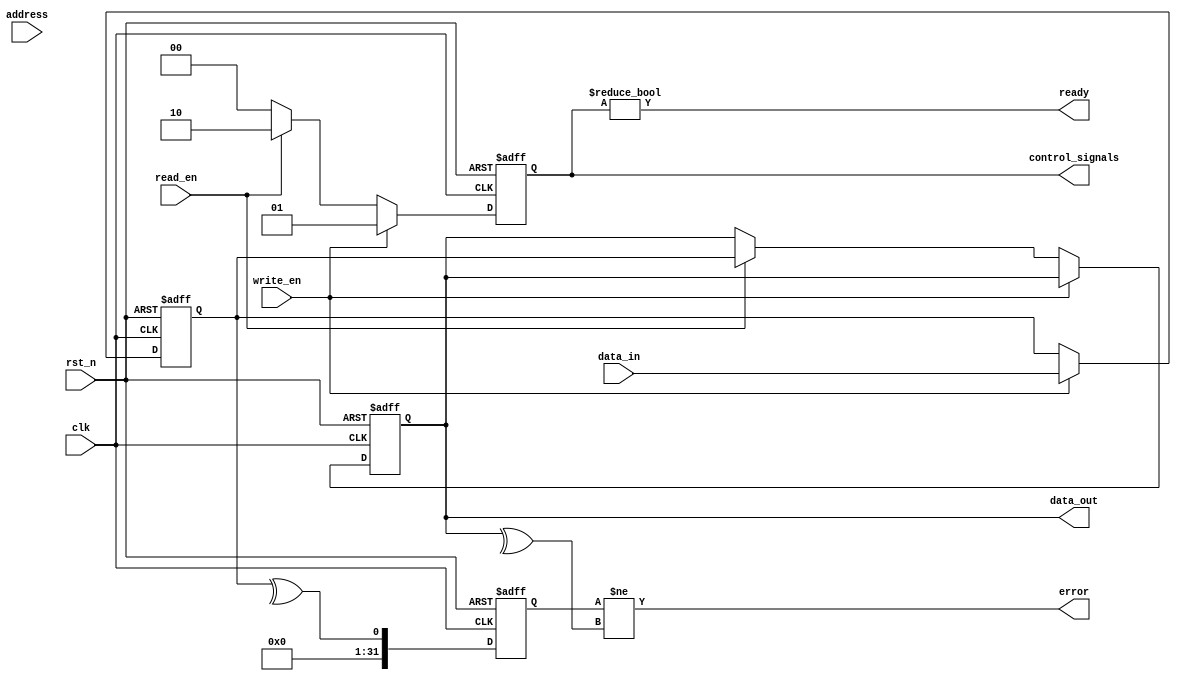
module IO_Block_3D_DRAM (
    input wire clk,
    input wire rst_n,
    input wire [31:0] data_in,
    output wire [31:0] data_out,
    input wire [15:0] address,
    input wire read_en,
    input wire write_en,
    output wire ready,
    output wire error,
    output wire [1:0] control_signals // {READ, WRITE, REFRESH}
);

// Data I/O Buffers
reg [31:0] data_buffer;
reg [31:0] data_out_reg;

// Control Signal Interfaces
reg [1:0] control_signal_reg;

// Address Decoders
wire [3:0] bank;
wire [3:0] row;
wire [7:0] column;

assign bank = address[15:12]; // Example bank selection
assign row = address[11:8];    // Example row selection
assign column = address[7:0];  // Example column selection

// Power Management (simplified)
reg power_enable;

// Clock Distribution (simplified)
always @(posedge clk or negedge rst_n) begin
    if (!rst_n) begin
        power_enable <= 1'b0;
    end else begin
        power_enable <= 1'b1; // Power on
    end
end

// Data Path Control Logic
always @(posedge clk or negedge rst_n) begin
    if (!rst_n) begin
        data_out_reg <= 32'b0;
        data_buffer <= 32'b0;
        control_signal_reg <= 2'b00;
    end else begin
        if (write_en) begin
            data_buffer <= data_in; // Write data to buffer
            control_signal_reg <= 2'b01; // WRITE command
        end else if (read_en) begin
            data_out_reg <= data_buffer; // Read data from buffer
            control_signal_reg <= 2'b10; // READ command
        end else begin
            control_signal_reg <= 2'b00; // No operation
        end
    end
end

assign data_out = data_out_reg;
assign ready = (control_signal_reg != 2'b00);
assign control_signals = control_signal_reg;

// Error Detection and Correction (simplified)
reg [31:0] parity_bit;

always @(posedge clk or negedge rst_n) begin
    if (!rst_n) begin
        parity_bit <= 32'b0;
    end else begin
        parity_bit <= ^data_buffer; // Simple parity calculation
    end
end

assign error = (parity_bit != ^data_out_reg); // Error detection

endmodule